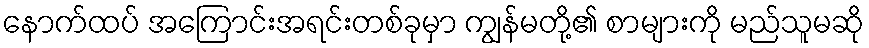
နောက်ထပ် အကြောင်းအရင်းတစ်ခုမှာ ကျွန်မတို့၏ စာများကို မည်သူမဆို